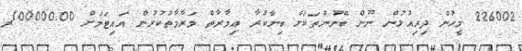
226002 މީހުން ދިރިއުޅުން ނޫން ބޭނުންތަކަށް ބިނާކުރާ ޢިމާރާތް މަރާމާތުކުރުން އައިޓަމަށް 100000.00ރ